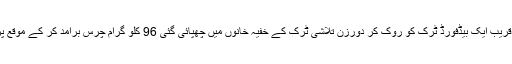
چھٹی کاروائی کے دوران اے این ایف لاہور نے چنیوٹ روڈ، فیصل آباد پر واقع کمالپور بائی پاس کے قریب ایک بیڈفورڈ ٹرک کو روک کر دورزن تلاشی ٹرک کے خفیہ خانوں میں چھپائی گئی 96 کلو گرام چرس برآمد کر کے موقع پر موجود پشاور کے رہائشی غلام سرور، عجب خان اور وزیر حسین نامی تین ملزمان کو گرفتار کر لیا۔